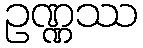
ဥဏ္ဏဿ